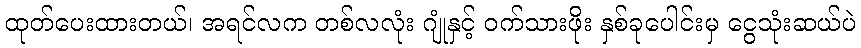
ထုတ်ပေးထားတယ်၊ အရင်လက တစ်လလုံး ဂျုံနှင့် ဝက်သားဖိုး နှစ်ခုပေါင်းမှ ငွေသုံးဆယ်ပဲ